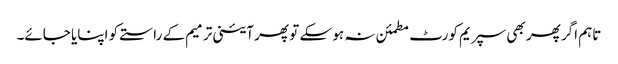
تاہم اگر پھر بھی سپریم کورٹ مطمئن نہ ہو سکے تو پھر آئینی ترمیم کے راستے کو اپنایا جائے۔